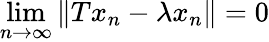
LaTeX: \operatorname*{lim}_{n\to\infty}\| Tx_{n}-\lambda x_{n}\| =0